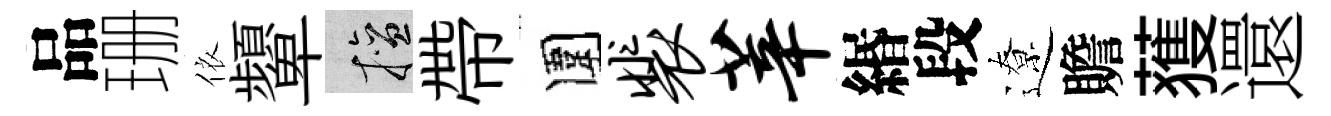
品珊依顰擅帶圍裴莘緡段遼贍𫉬還